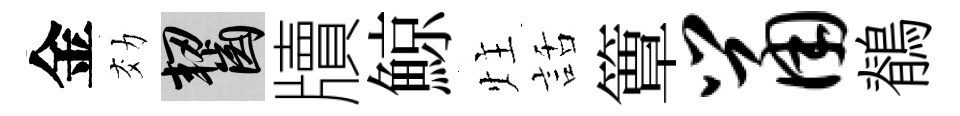
金効齧牘鯨炷話簟鼠鶺